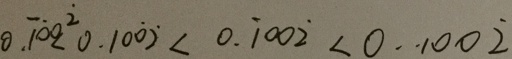
0 . 1 \dot { 0 } 0 \dot { 2 } < 0 . 1 0 \dot { 0 } \dot { 2 } < 0 . \dot { 1 } 0 0 \dot { 2 } < 0 \cdot 1 0 0 \dot { 2 }